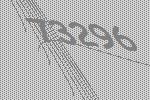
73296